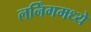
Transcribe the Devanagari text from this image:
लर्निंगमध्ये